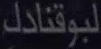
لبوقنادك